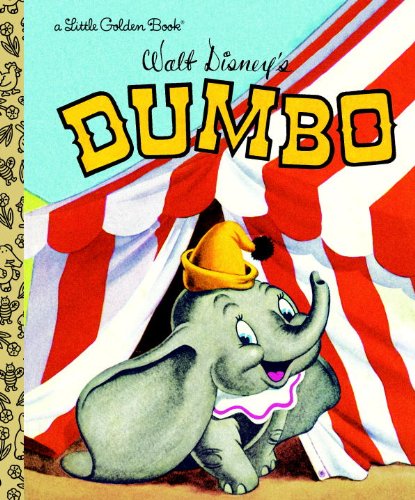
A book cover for Dumbo (Little Golden Book); RH Disney; Children's Books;